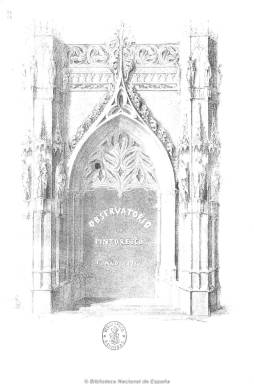
Título: Observatorio pintoresco
Colección: Literatura || Arte
Ámbito geográfico: Madrid
Lugar de publicación: Madrid
Fechas: 01/01/1837-30/10/1837

Revista ilustrada de literatura y bellas artes encuadrada en el movimiento romántico español que sigue la estela del Semanario pintoresco español (1836-1857). Comienza a publicarse en mayo de 1837 en números de ocho páginas y paginación continuada, editando hasta finales de agosto hasta 17 entregas, con un total de 136 páginas y con una frecuencia semanal (los días  7, 15, 23 y 30). A partir de septiembre inicia una segunda serie, editando hasta un total de doce números y 96 páginas en total, apareciendo seis veces al mes (los días, 5, 10, 15, 20, 25 y 30), hasta su desaparición el 30 de octubre.

Publica pequeños ensayos y artículos de crítica, pero sobre todo, de creación literaria, narraciones y cuentos, especialmente históricos, así como otros de historia natural, bellas artes, modas y algunos costumbristas, y biografías y composiciones poéticas. Los textos están acompañados de grabados, dibujos, retratos, etc. Asimismo edita dos colecciones con grabados y láminas litografiadas que tira aparte.

Es fundada y dirigida por Ángel Gálvez, a quien le sucede Basilio Sebastián Castellanos de Losada (1807-1891), que llegaría a ser director del Museo Arqueológico.  Entre sus firmas aparecen las del propio Castellanos (Tío Pilili), de Baltasar Anduaga, Serafín Estévanez Calderón (El Solitario), Augusto Ferrán, Manuel Dámaso de Nestosa, Calixto Ortega, Agustín Durán, Bernardino Núñez Arenas, Nicolás Peñalver López, Imberto Gisbert, Agustín Durán, Manuel Bretón de los Herreros, Mariano Roca de Togores, Luis Usoz y Río, Casiano de Prado, Francisco Ayala, Miguel Agustín Príncipe, J. Guillén, A. Alfaro y A. Bernal O’Reilly. Su editor responsable es Rohisindo Sola.

Este periódico, de breve existencia, ha sido analizado por Borja Rodríguez Gutiérrez y Salvador García en un artículo del Boletín de la Biblioteca Menéndez Pelayo, en 1964